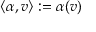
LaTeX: \langle \alpha , v \rangle : = \alpha ( v )